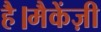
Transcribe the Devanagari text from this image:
है।मैकेंज़ी